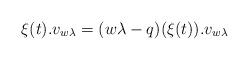
LaTeX: \begin{align*}\xi(t).v_{w\lambda}=(w\lambda-q)(\xi(t)).v_{w\lambda}\end{align*}